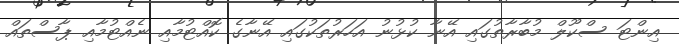
އިންޓަ ސްކޫލް މުބާރާތުގައި އޭނާ ކުޅުނު އަހަރުތަކުގައި އޭނާގެ ކޮއްޓުމާއި ނެއްޓުމާއި ޕާސްތައް